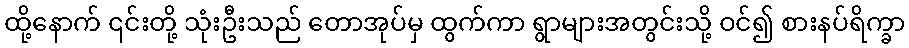
ထို့နောက် ၎င်းတို့ သုံးဦးသည် တောအုပ်မှ ထွက်ကာ ရွာများအတွင်းသို့ ဝင်၍ စားနပ်ရိက္ခာ